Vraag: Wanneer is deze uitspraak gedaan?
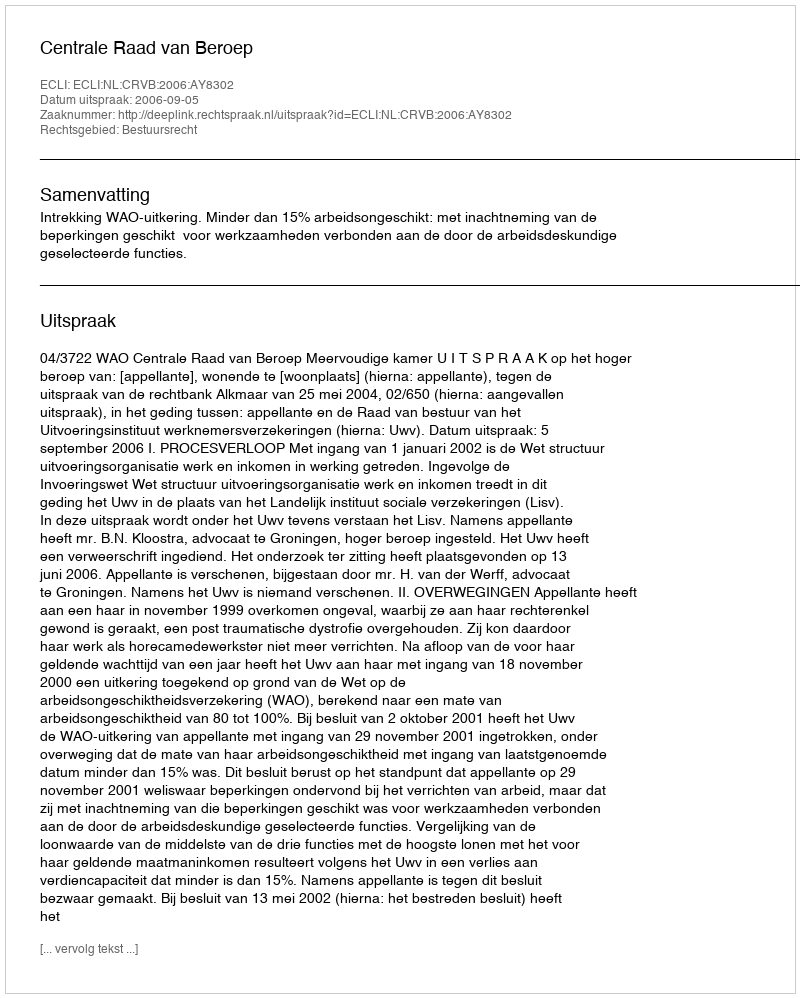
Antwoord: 2006-09-05